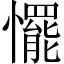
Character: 𢤛